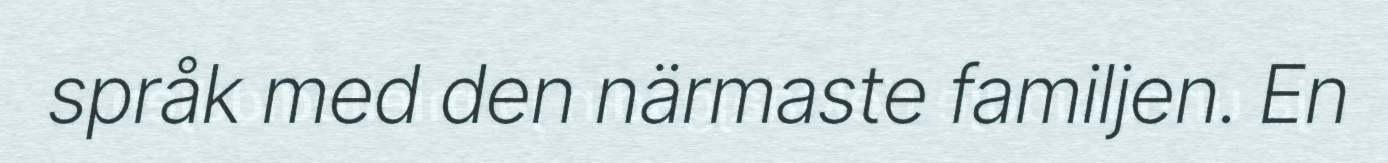
språk med den närmaste familjen. En